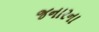
જનારના